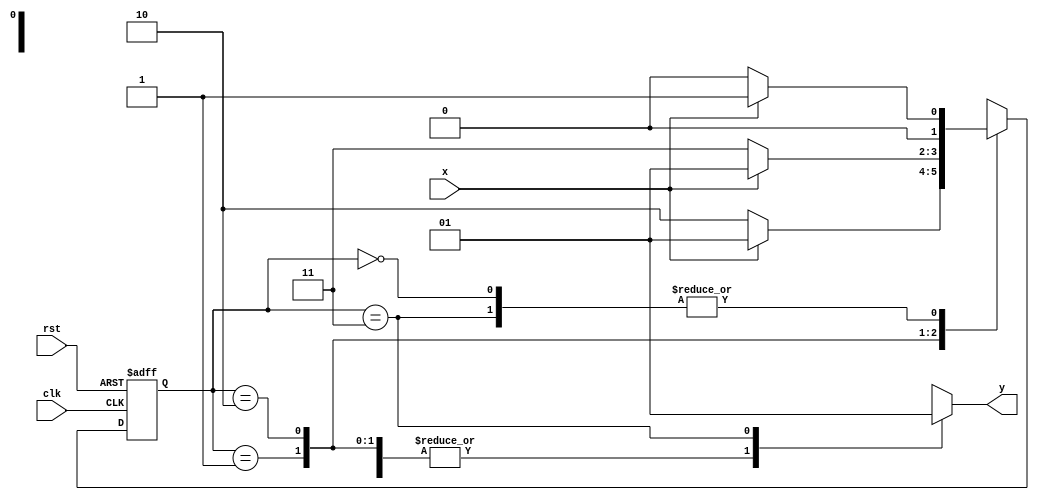
`timescale 1ns / 1ps
//////////////////////////////////////////////////////////////////////////////////
// Company: 
// Engineer: 
// 
// Design Name: 
// Module Name:    part1 
// Project Name: 
// Target Devices: 
// Tool versions: 
// Description: 
//
// Dependencies: 
//
// Revision: 
// Revision 0.01 - File Created
// Additional Comments: 
//
//////////////////////////////////////////////////////////////////////////////////
module part1(
    input x,
    input rst,
    input clk,
    output reg y
    );

reg [1:0] curState,nextState;

always @(posedge clk or  posedge rst)
begin
	if(rst)
		curState = 0;
	else 
		curState = nextState;
end

always @(x or curState)
begin
	case(curState)
	2'b00: if(x==0) nextState = 2'b00; else nextState = 2'b01;
	2'b01: if(x==0) nextState = 2'b10; else nextState = 2'b01;
	2'b10: if(x==0) nextState = 2'b11; else nextState = 2'b01;
	2'b11: if(x==0) nextState = 2'b00; else nextState = 2'b01;
	endcase
end

always @(curState)
begin
	case(curState)
	2'b00: y = 0;
	2'b01: y = 0;
	2'b10: y = 0;
	2'b11: y = 1;
	endcase
end


endmodule